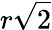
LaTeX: r\sqrt{2}